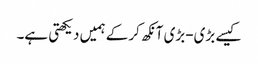
کیسے بڑی-بڑی آنکھ کرکے ہمیں دیکھتی ہے۔